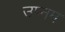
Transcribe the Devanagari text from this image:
उप्नम